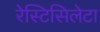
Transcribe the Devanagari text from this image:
रेस्टिसिलेटा